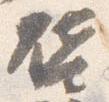
啓